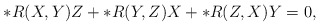
\begin{align*}\ast R(X,Y)Z + \ast R(Y,Z)X + \ast R(Z,X)Y =0,\end{align*}